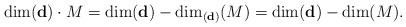
LaTeX: \begin{align*} \dim (\textbf{d})\cdot M=\dim (\textbf{d})-\dim _{(\textbf{d})}(M)=\dim(\textbf{d})-\dim(M).\end{align*}